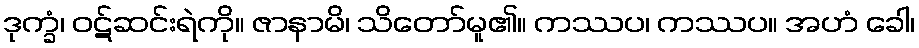
ဒုက္ခံ၊ ဝဋ်ဆင်းရဲကို။ ဇာနာမိ၊ သိတော်မူ၏။ ကဿပ၊ ကဿပ။ အဟံ ခေါ၊